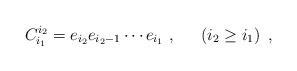
LaTeX: \begin{align*}C^{i_2}_{i_1} = e_{i_2} e_{i_2 -1} \cdots e_{i_1}~,~~~~ \left(i_2 \geq i_1 \right)~,\end{align*}